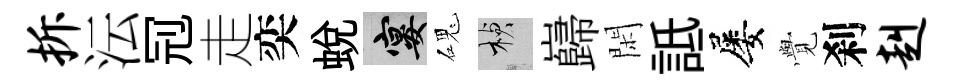
拆沄𠜍走奕蜕宴磈楨巋閑詆屡𮗜刹赳